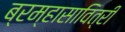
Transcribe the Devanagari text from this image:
ब्रम्हासावित्री